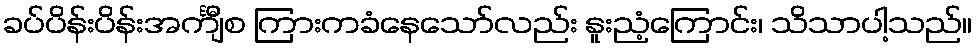
ခပ်ပိန်းပိန်းအင်္ကျီစ ကြားကခံနေသော်လည်း နူးညံ့ကြောင်း၊ သိသာပါ့သည်။